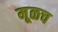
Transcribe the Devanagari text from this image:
मूळच